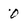
Character: 0